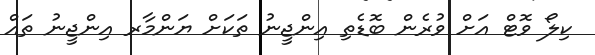
ކިލޯ ވޮޓް އަށް ވުރެން ބޮޑެތި އިންޖީނު ތަކަށް ޔަންމާރ އިންޖީނު ތައް